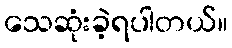
သေဆုံးခဲ့ရပါတယ်။